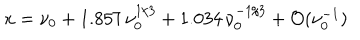
x = \nu _ { 0 } + 1 . 8 5 7 \, \nu _ { 0 } ^ { 1 / 3 } + 1 . 0 3 4 \, \nu _ { 0 } ^ { - 1 / 3 } + { \cal O } ( \nu _ { 0 } ^ { - 1 } )